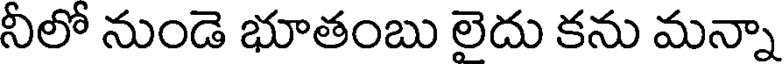
నీలో నుండె భూతంబు లెదు కను మన్నా